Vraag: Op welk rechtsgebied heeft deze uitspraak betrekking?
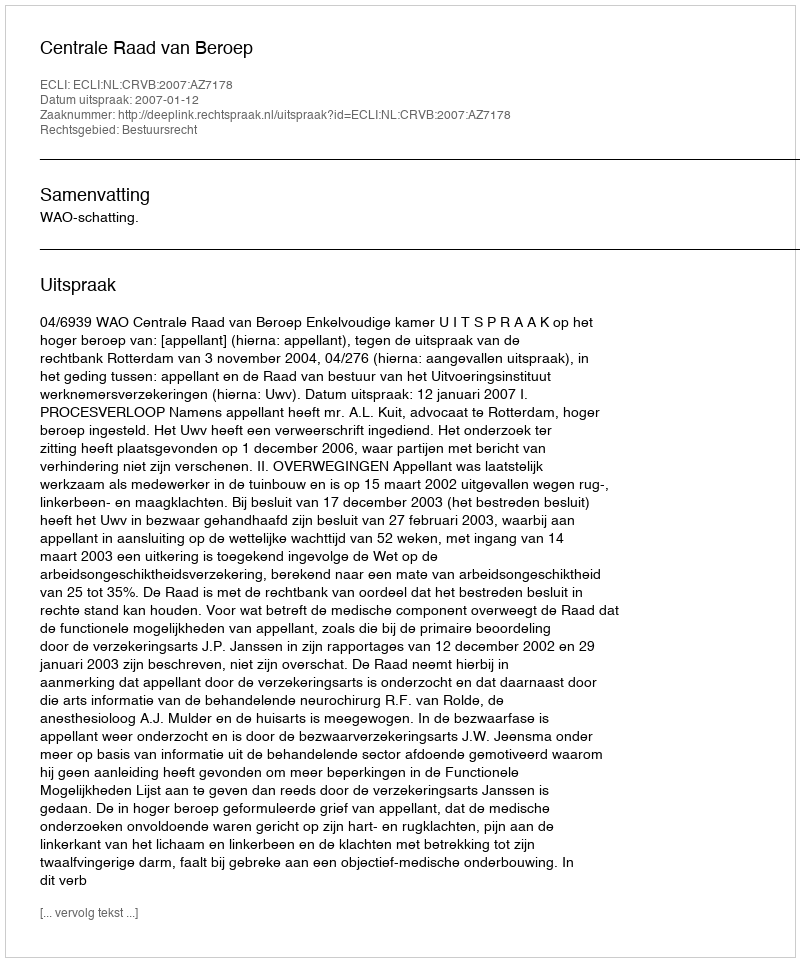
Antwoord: Bestuursrecht